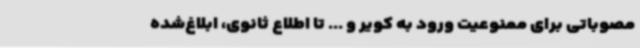
مصوباتی برای ممنوعیت ورود به کویر و ... تا اطلاع ثانوی، ابلاغ‌شده